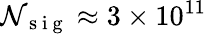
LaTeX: \mathcal{N}_{\mathrm{~s~i~g~}}\approx 3\times 10^{11}